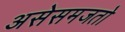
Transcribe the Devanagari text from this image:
असेसमजतो